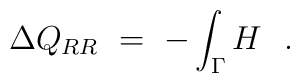
\Delta Q_{RR}\  = \ - \int_\Gamma H\ \ .